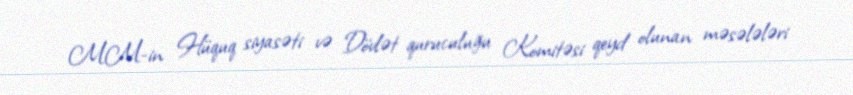
MM-in Hüquq siyasəti və Dövlət quruculuğu Komitəsi qeyd olunan məsələləri